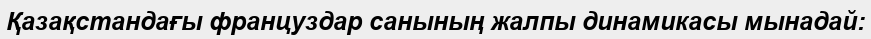
Қазақстандағы француздар санының жалпы динамикасы мынадай: